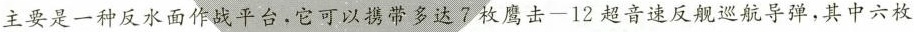
主要是一种反水面作战平台，它可以携带多达7枚鹰击-12超音速反舰巡航导弹，其中六枚